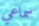
سماعي